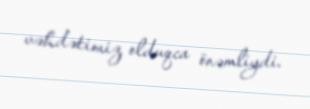
vəhdətimiz olduqca önəmliydi.